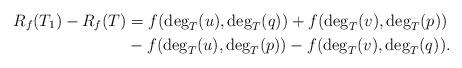
LaTeX: \begin{align*} R_f(T_1) - R_f(T) &= f(\deg_T(u), \deg_T(q)) + f(\deg_T(v), \deg_T(p))\\ &- f(\deg_T(u), \deg_T(p)) - f(\deg_T(v), \deg_T(q)) . \end{align*}